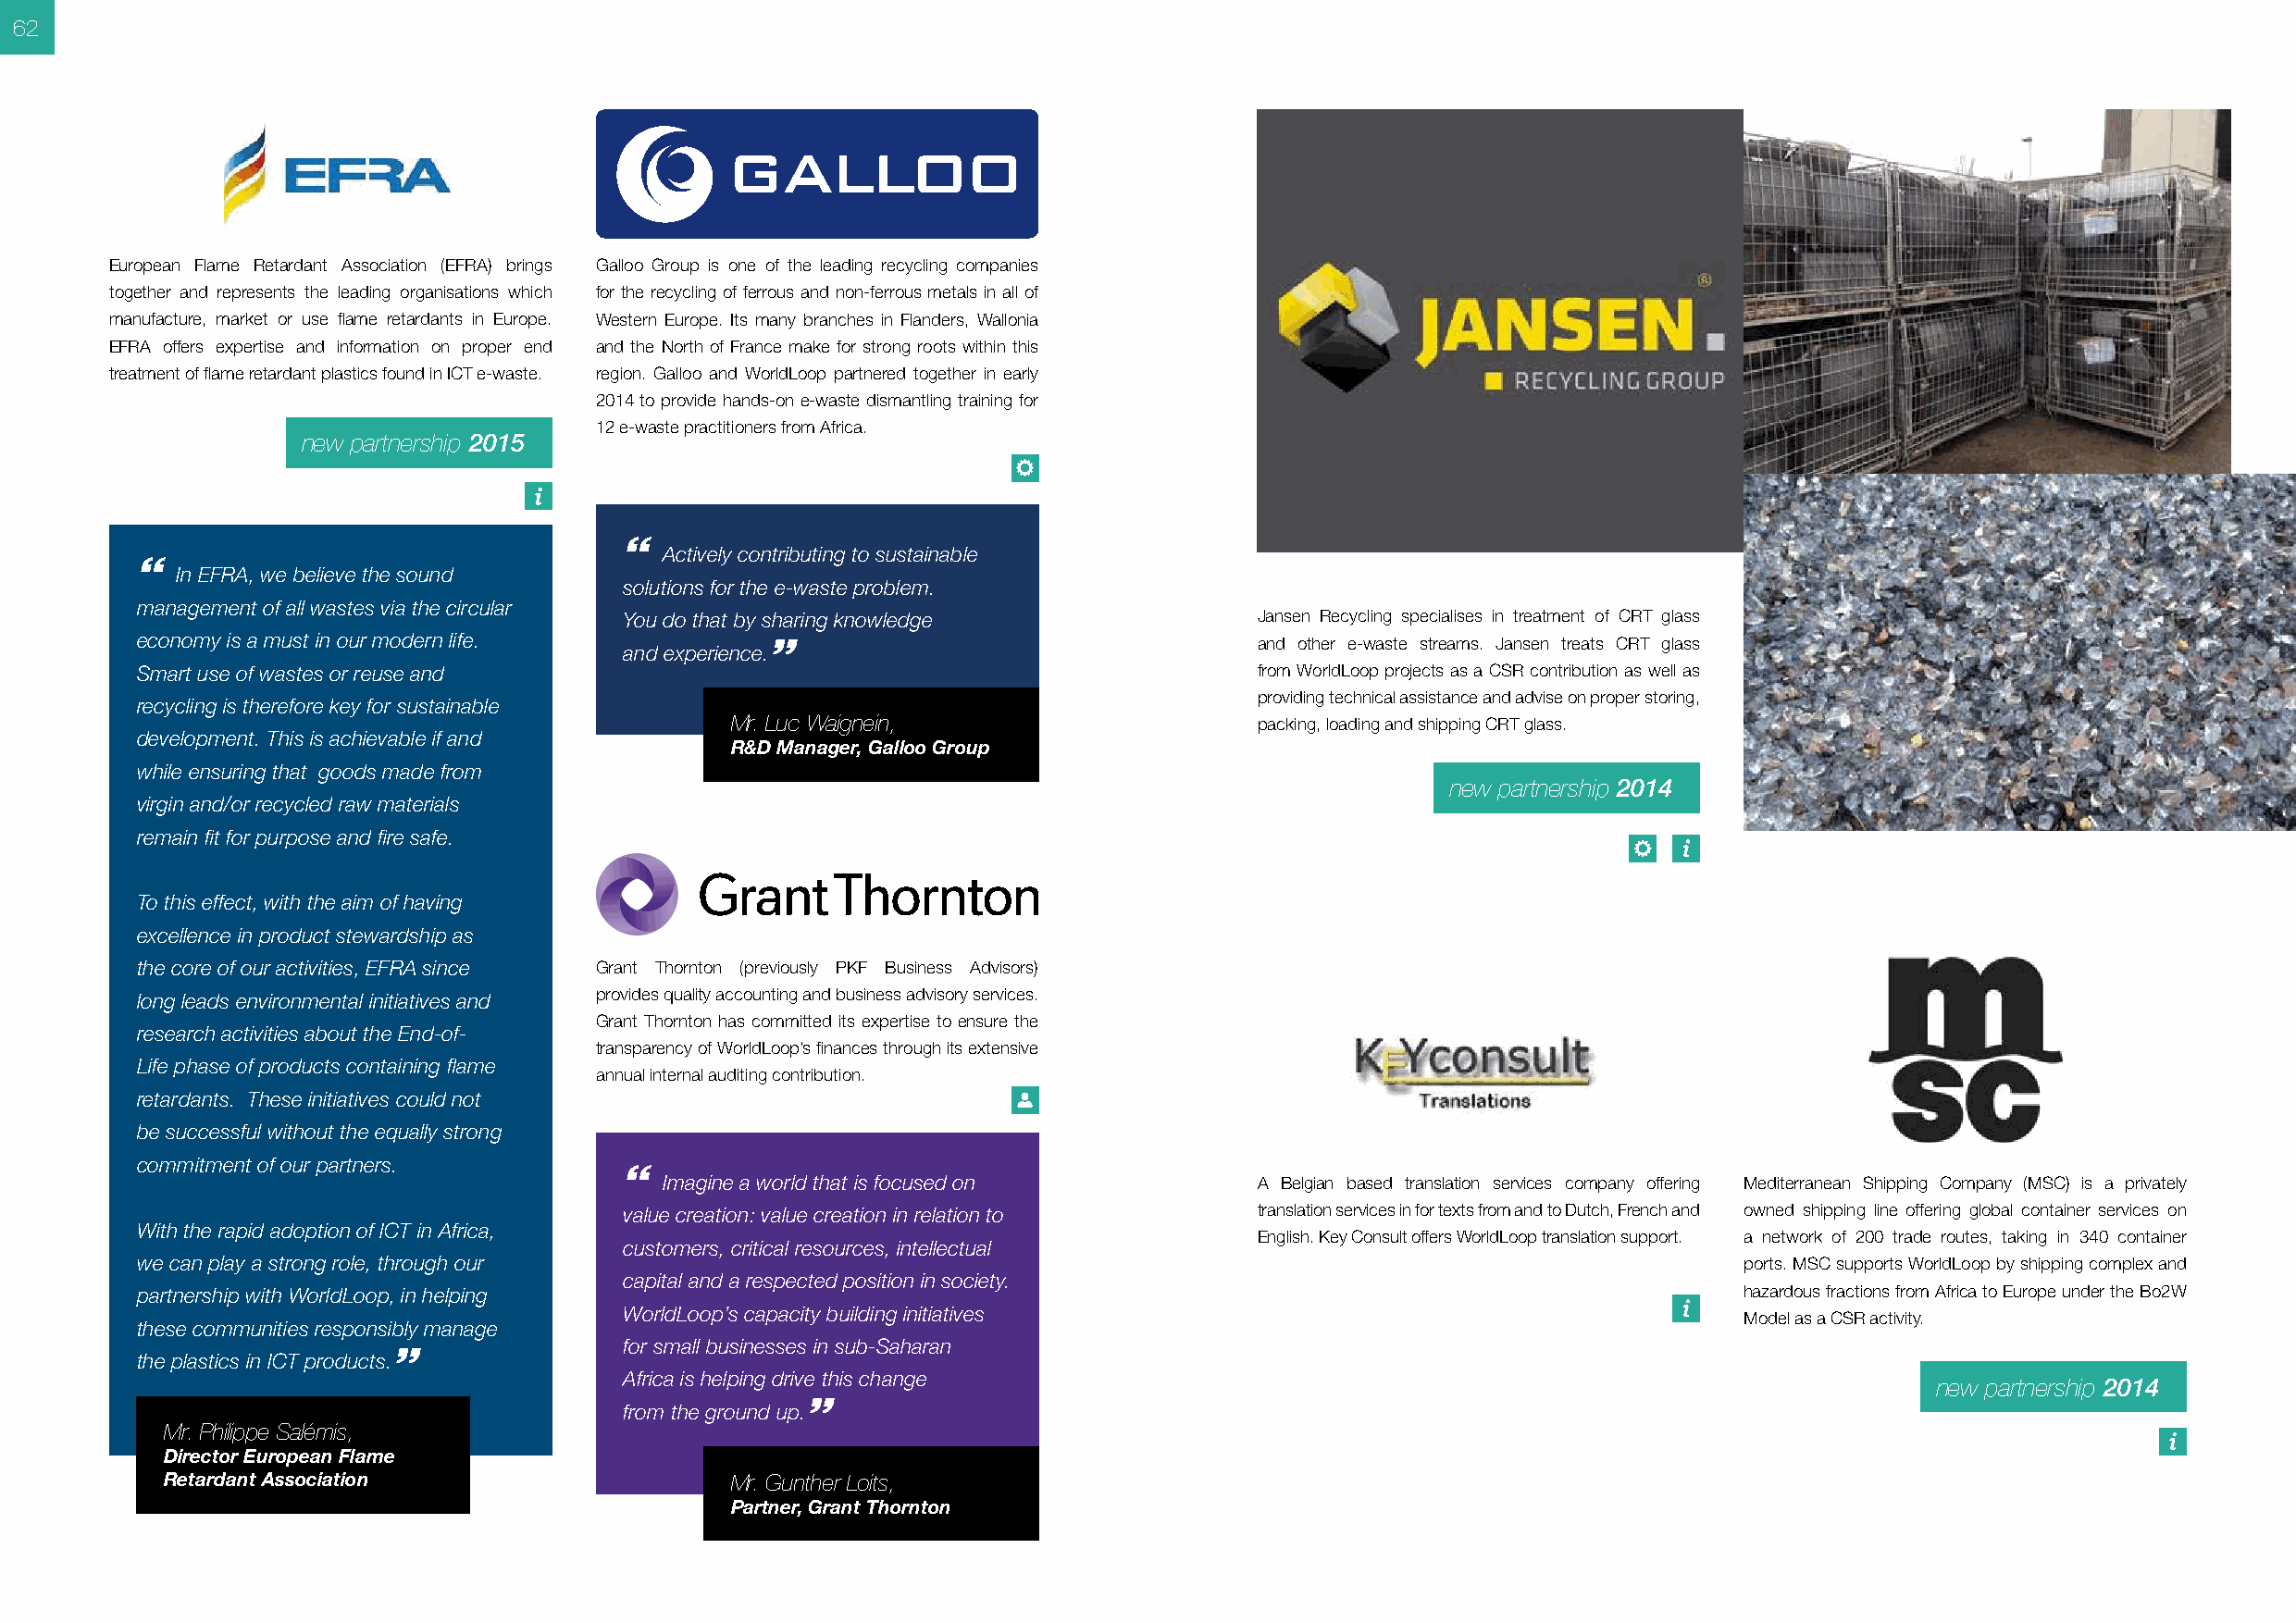
62
 European Flame Retardant Association (EFRA) brings Galloo Group is one of the leading recycling companies
 together and represents the leading organisations which for the recycling of ferrous and non-ferrous metals in all of
 manufacture, market or use flame retardants in Europe. Western Europe. Its many branches in Flanders, Wallonia
 EFRA offers expertise and information on proper end and the North of France make for strong roots within this
 treatment of flame retardant plastics found in ICT e-waste. region. Galloo and WorldLoop partnered together in early
 2014 to provide hands-on e-waste dismantling training for
 12 e-waste practitioners from Africa.
 new partnership 2015
 “
 Actively contributing to sustainable
 “
 In EFRA, we believe the sound
 solutions for the e-waste problem.
 management of all wastes via the circular
 You do that by sharing knowledge             Jansen Recycling specialises in treatment of CRT glass
 economy is a must in our modern life. and experience.”                          and other e-waste streams. Jansen treats CRT glass
 Smart use of wastes or reuse and                                                from WorldLoop projects as a CSR contribution as well as
 providing technical assistance and advise on proper storing,
 recycling is therefore key for sustainable
 Mr. Luc Waignein,                     packing, loading and shipping CRT glass.
 development. This is achievable if and
 R&D Manager, Galloo Group
 while ensuring that goods made from
 new partnership 2014
 virgin and/or recycled raw materials
 remain fit for purpose and fire safe.
 To this effect, with the aim of having
 excellence in product stewardship as
 the core of our activities, EFRA since Grant Thornton (previously PKF Business Advisors)
 long leads environmental initiatives and provides quality accounting and business advisory services.
 Grant Thornton has committed its expertise to ensure the
 research activities about the End-of-
 transparency of WorldLoop’s finances through its extensive
 Life phase of products containing flame
 annual internal auditing contribution.
 retardants. These initiatives could not
 be successful without the equally strong
 commitment of our partners.
 “
 Imagine a world that is focused on         A Belgian based translation services company offering Mediterranean Shipping Company (MSC) is a privately
 value creation: value creation in relation to translation services in for texts from and to Dutch, French and owned shipping line offering global container services on
 With the rapid adoption of ICT in Africa,
 English. Key Consult offers WorldLoop translation support. a network of 200 trade routes, taking in 340 container
 customers, critical resources, intellectual
 we can play a strong role, through our                                                                             ports. MSC supports WorldLoop by shipping complex and
 capital and a respected position in society.
 partnership with WorldLoop, in helping                                                                             hazardous fractions from Africa to Europe under the Bo2W
 WorldLoop’s capacity building initiatives
 Model as a CSR activity.
 these communities responsibly manage
 for small businesses in sub-Saharan
 the plastics in ICT products.”
 Africa is helping drive this change
 new partnership 2014
 from the ground up.”
 Mr. Philippe Salémis,
 Director European Flame
 Retardant Association                   Mr. Gunther Loits,
 Partner, Grant Thornton